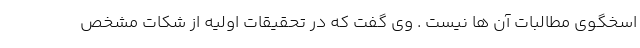
اسخگوی مطالبات آن ها نیست . وی گفت که در تحقیقات اولیه از شکات مشخص